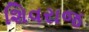
શિવરાજ